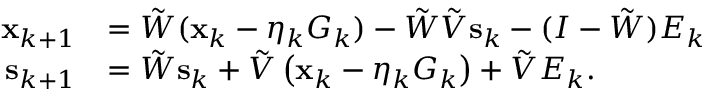
\begin{array} { r l } { \mathbf { x } _ { k + 1 } } & { = \tilde { W } ( \mathbf { x } _ { k } - \eta _ { k } G _ { k } ) - \tilde { W } \tilde { V } \mathbf { s } _ { k } - ( I - \tilde { W } ) E _ { k } } \\ { \mathbf { s } _ { k + 1 } } & { = \tilde { W } \mathbf { s } _ { k } + \tilde { V } \left( \mathbf { x } _ { k } - \eta _ { k } G _ { k } \right) + \tilde { V } E _ { k } . } \end{array}